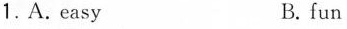
1.A. Easy B. fun